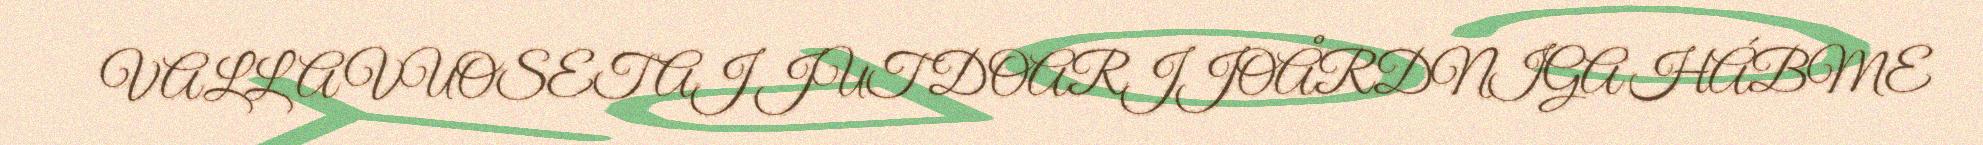
VALLA VUOSET AJ JUT DOARJJOÅRDNIGA HÁBME